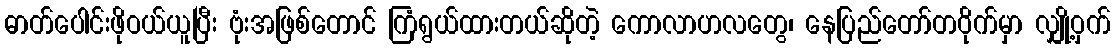
ဓာတ်ပေါင်းဖိုဝယ်ယူပြီး ဗုံးအဖြစ်တောင် ကြံရွယ်ထားတယ်ဆိုတဲ့ ကောလာဟလတွေ၊ နေပြည်တော်တဝိုက်မှာ လျှို့ဝှက်